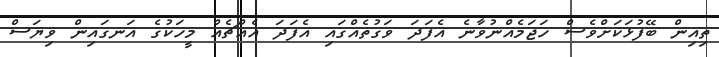
ތިއިން ބޭފުޅަކަށްވެސް ހަޖަމެއްނުވާނެ އެފަދަ ވަގުތެއްގައި އެފަދަ އެއްޗެއް މީހަކުގެ އަނގައިން ވިޔަސް